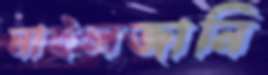
মাইলজানি